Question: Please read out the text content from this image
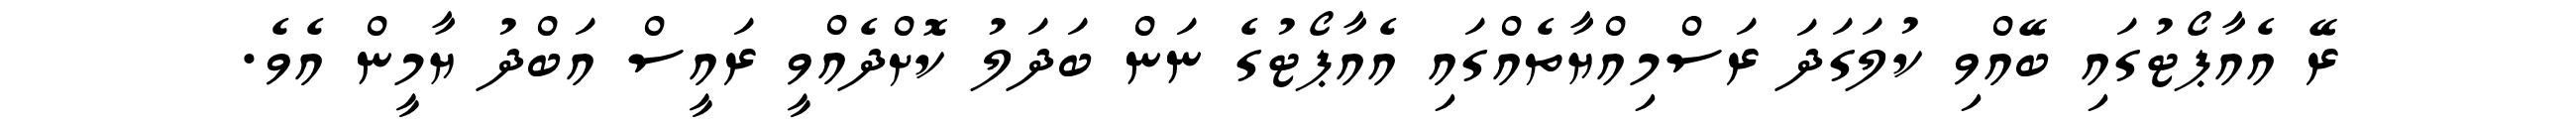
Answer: ރޭ އެއާޕޯޓުގައި ބޭއްވި ކުލަގަދަ ރަސްމިއްޔާތެއްގައި އެއާޕޯޓުގެ ނަން ބަދަލު ކޮށްދެއްވީ ރައީސް އަބްދު ޔާމީން އެވެ.